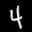
Label: 4